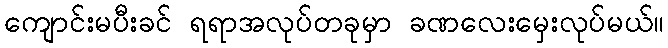
ကျောင်းမပီးခင် ရရာအလုပ်တခုမှာ ခဏလေးမှေးလုပ်မယ်။